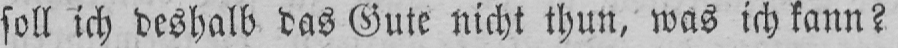
soll ich deshalb das Gute nicht thun, was ich kann?